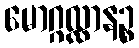
မောဂ္ဂလ္လာနဉ္စ